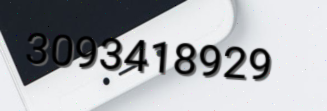
3093418929